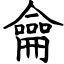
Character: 龠